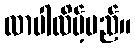
လာပါလိမ့်မည်။